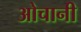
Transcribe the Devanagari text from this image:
ओचानी